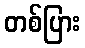
တစ်ပြား